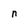
Character: n